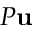
P \mathbf { u }